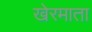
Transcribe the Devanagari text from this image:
खेरमाता